Indian journal of veterinary science and animal husbandry - Volumes 15-17, 1948-1951
Year: 1948
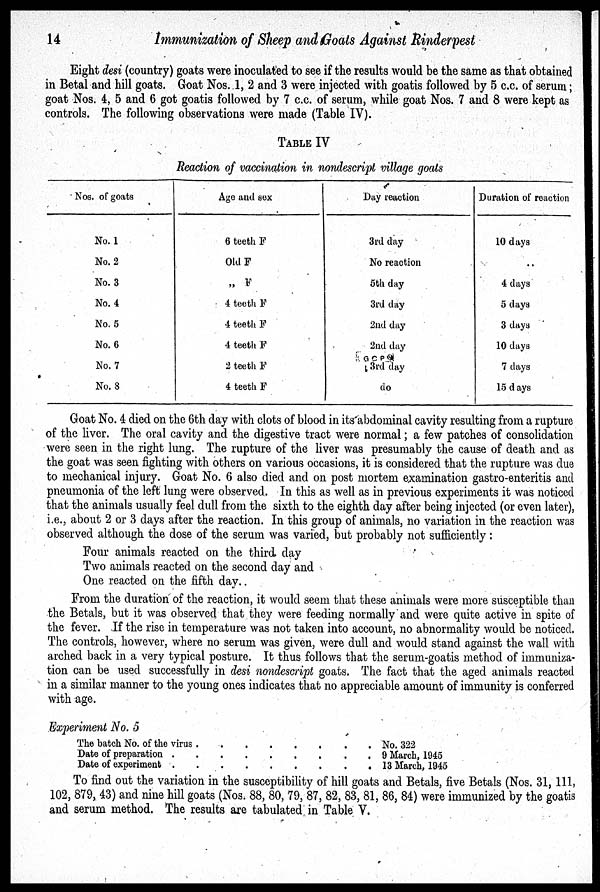
14
Immunization of Sheep and Goats Against Rinderpest
Eight desi (country) goats were inoculated to see if the results would be the same as that obtained
in Betal and hill goats. Goat Nos. 1, 2 and 3 were injected with goatis followed by 5 c.c. of serum;
goat Nos. 4, 5 and 6 got goatis followed by 7 c.c. of serum, while goat Nos. 7 and 8 were kept as
controls. The following observations were made (Table IV).
TABLE IV
Reaction of vaccination in nondescript village goats
Nos. of goats
No. 1
No. 2
No. 3
No. 4
No. 5
No. 6
No. 7
No. 8
Age and sex
6 teeth F
Old F
„ F
4 teeth F
4 teeth F
4 teeth F
2 teeth F
4 teeth F
Day reaction
3rd day
No reaction
5th day
3rd day
2nd day
2nd day
[G C P O]
3rd day
do
Duration of reaction
10 days
..
4 days
5 days
3 days
10 days
7 days
15 days
Goat No. 4 died on the 6th day with clots of blood in its abdominal cavity resulting from a rupture
of the liver. The oral cavity and the digestive tract were normal; a few patches of consolidation
were seen in the right lung. The rupture of the liver was presumably the cause of death and as
the goat was seen fighting with others on various occasions, it is considered that the rupture was due
to mechanical injury. Goat No. 6 also died and on post mortem examination gastro-enteritis and
pneumonia of the left lung were observed. In this as well as in previous experiments it was noticed
that the animals usually feel dull from the sixth to the eighth day after being injected (or even later),
i.e., about 2 or 3 days after the reaction. In this group of animals, no variation in the reaction was
observed although the dose of the serum was varied, but probably not sufficiently :
Four animals reacted on the third day
Two animals reacted on the second day and
One reacted on the fifth day..
From the duration of the reaction, it would seem that these animals were more susceptible than
the Betals, but it was observed that they were feeding normally and were quite active in spite of
the fever. If the rise in temperature was not taken into account, no abnormality would be noticed.
The controls, however, where no serum was given, were dull and would stand against the wall with
arched back in a very typical posture. It thus follows that the serum-goatis method of immuniza-
tion can be used successfully in desi nondescript goats. The fact that the aged animals reacted
in a similar manner to the young ones indicates that no appreciable amount of immunity is conferred
with age.
Experiment No. 5
The batch No. of the virus
.
.
.
.
.
.
.
.
Date of preparation . . . . . . . . .
Date of experiment . . . . . . . . .
No. 322
9 March, 1945
13 March, 1945
To find out the variation in the susceptibility of hill goats and Betals, five Betals (Nos. 31, 111,
102, 879, 43) and nine hill goats (Nos. 88, 80, 79, 87, 82, 83, 81, 86, 84) were immunized by the goatis
and serum method. The results are tabulated in Table V.